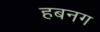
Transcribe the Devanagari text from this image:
हबनग